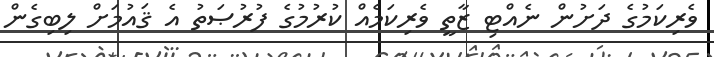
ވެރިކަމުގެ ދަށުން ނެއްޓި ޒާތީ ވެރިކަމެއް ކުރުމުގެ ފުރުޞަތު އެ ޤައުމަށް ލިބިގެން